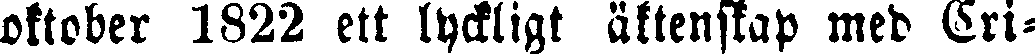
oktober 1822 ett lyckligt äktenskap med Cri-